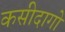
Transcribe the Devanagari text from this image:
कसीदागो